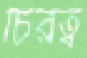
চিরত্ব